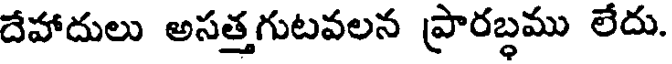
దేహాదులు అసత్తగుటవలన ప్రారబ్ధము లేదు.